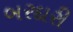
બરદારી